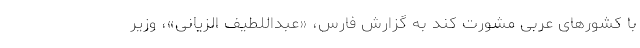
با کشورهای عربی مشورت کند به گزارش فارس، «عبداللطیف الزیانی»، وزیر